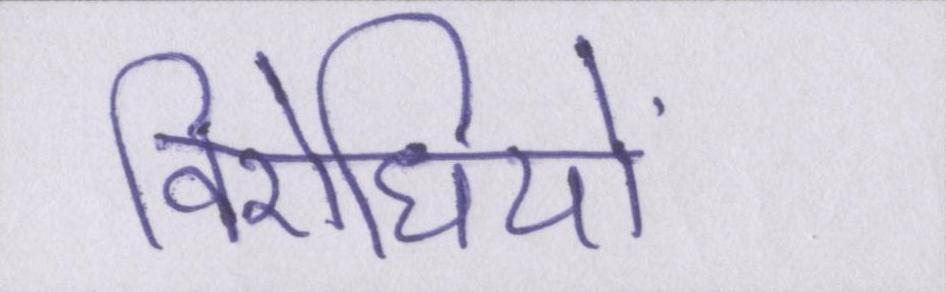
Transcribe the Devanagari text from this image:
विरोधियों